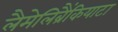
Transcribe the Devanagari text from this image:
लैमेलिब्रैंकियाटा